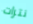
نترات